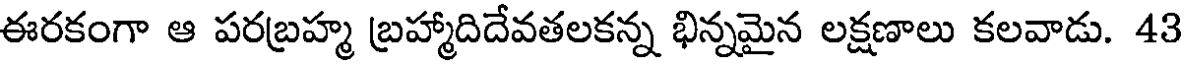
ఈరకంగా ఆ పరబ్రహ్మ బ్రహ్మాదిదేవతలకన్న భిన్నమైన లక్షణాలు కలవాడు. 43